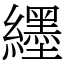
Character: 纆